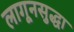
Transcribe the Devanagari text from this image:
लागूनसुद्धा